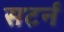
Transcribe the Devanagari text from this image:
सटर्न